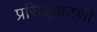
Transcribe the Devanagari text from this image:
प्रसिद्धचटणी